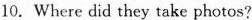
10.Where did they take photos?